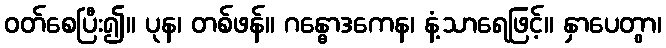
ဝတ်စေပြီး၍။ ပုန၊ တစ်ဖန်။ ဂန္ဓောဒကေန၊ နံ့သာရေဖြင့်။ နှာပေတွာ၊